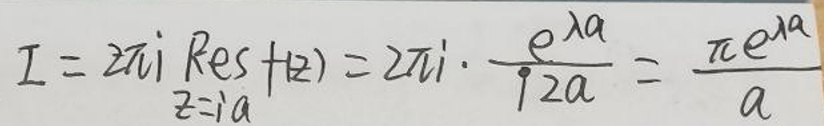
\[ I = 2\pi i \text{Res}(f,z) = 2\pi i \cdot \frac{e^{ia}}{2ia} = \frac{\pi e^{ia}}{a} \]